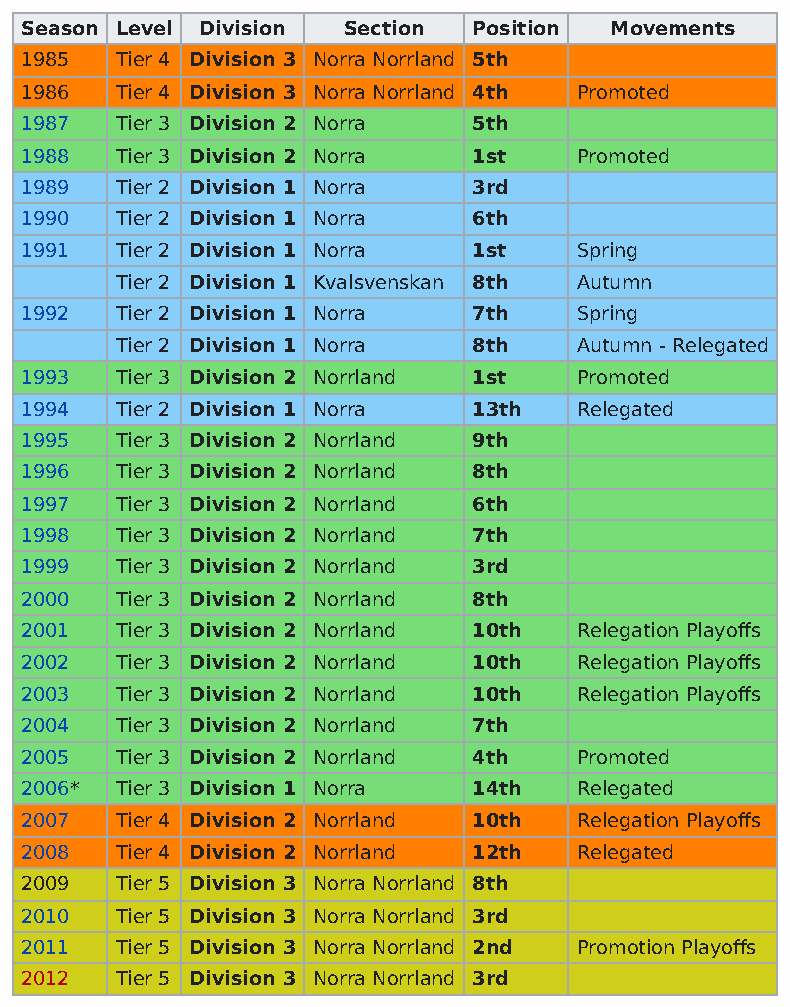
Season Level Division Section Position Movements
 1985   Tier 4 Division 3 Norra Norrland 5th
 1986   Tier 4 Division 3 Norra Norrland 4th Promoted
 1987   Tier 3 Division 2 Norra 5th
 1988   Tier 3 Division 2 Norra 1st   Promoted
 1989   Tier 2 Division 1 Norra 3rd
 1990   Tier 2 Division 1 Norra 6th
 1991   Tier 2 Division 1 Norra 1st   Spring
 Tier 2 Division 1 Kvalsvenskan 8th Autumn
 1992   Tier 2 Division 1 Norra 7th   Spring
 Tier 2 Division 1 Norra 8th   Autumn - Relegated
 1993   Tier 3 Division 2 Norrland 1st Promoted
 1994   Tier 2 Division 1 Norra 13th  Relegated
 1995   Tier 3 Division 2 Norrland 9th
 1996   Tier 3 Division 2 Norrland 8th
 1997   Tier 3 Division 2 Norrland 6th
 1998   Tier 3 Division 2 Norrland 7th
 1999   Tier 3 Division 2 Norrland 3rd
 2000   Tier 3 Division 2 Norrland 8th
 2001   Tier 3 Division 2 Norrland 10th Relegation Playoffs
 2002   Tier 3 Division 2 Norrland 10th Relegation Playoffs
 2003   Tier 3 Division 2 Norrland 10th Relegation Playoffs
 2004   Tier 3 Division 2 Norrland 7th
 2005   Tier 3 Division 2 Norrland 4th Promoted
 2006*  Tier 3 Division 1 Norra 14th  Relegated
 2007   Tier 4 Division 2 Norrland 10th Relegation Playoffs
 2008   Tier 4 Division 2 Norrland 12th Relegated
 2009   Tier 5 Division 3 Norra Norrland 8th
 2010   Tier 5 Division 3 Norra Norrland 3rd
 2011   Tier 5 Division 3 Norra Norrland 2nd Promotion Playoffs
 2012   Tier 5 Division 3 Norra Norrland 3rd